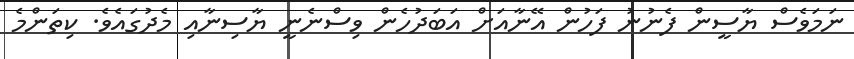
ނަމަވެސް ޔާސީން ފެނުނު ފަހުން އޭނާއަށް އަބަދުހެން ވިސްނެނީ ޔާސިނާއި މެދުގައެވެ. ކިތަންމެ